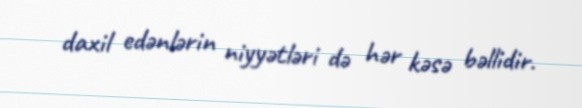
daxil edənlərin niyyətləri də hər kəsə bəllidir.